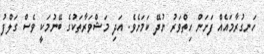
ހަނގުރާމައެއް ފަށަން ހިތްވަރު ނުދޭ ކަމަށެވެ. އަދި މަޝްވަރާތަކުގެ ބޭނުމަކީ ވެސް ގަލްފު